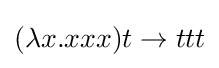
(\mathbf {\lambda } x.xxx)t\rightarrow ttt